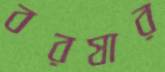
বরষার